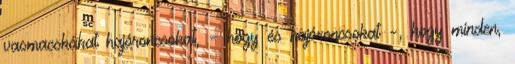
vasmacskákat hajóroncsokat, – hogy és hajóroncsokat –, hogy minden,